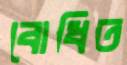
বোধিত